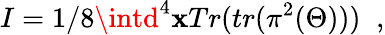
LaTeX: I={1/8}\intd^{4}\mathbf{x}Tr(tr(\pi^{2}(\Theta)))\; \; ,